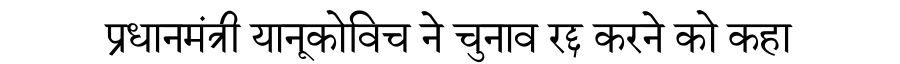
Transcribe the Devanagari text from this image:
प्रधानमंत्री यानूकोविच ने चुनाव रद्द करने को कहा